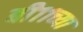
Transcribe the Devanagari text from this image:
बी११च्या